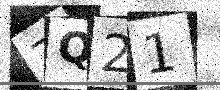
Text: ZQ21